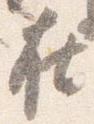
在